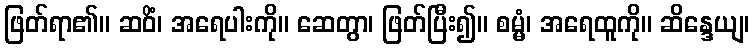
ဖြတ်ရာ၏။ ဆဝိံ၊ အရေပါးကို။ ဆေတွာ၊ ဖြတ်ပြီး၍။ စမ္မံ၊ အရေထူကို။ ဆိန္ဒေယျ၊